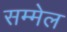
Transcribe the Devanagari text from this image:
सम्‍मेल